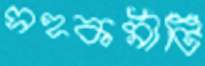
সহকর্মীটি